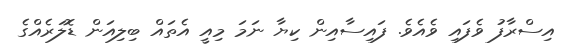
އިސްރާފު ވެފައި ވެއެވެ. ފައިސާއިން ކިޔާ ނަމަ މިއީ އެތައް ބިލިއަން ޑޮލަރެއްގެ